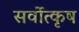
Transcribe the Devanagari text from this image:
सर्वोत्कृष